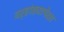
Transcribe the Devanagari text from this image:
वर्‍हांड्यापेक्षा